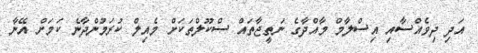
އަދި ދިވެއްސާއި އިސްލާމް މާއްދާގެ ނަތީޖާތައް ސްކޫލްތަކަށް މެއިލް ކުރަމުންދާނެ ކަމަށް އޭނާ